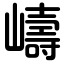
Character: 嶹